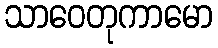
သာဝေတုကာမော